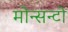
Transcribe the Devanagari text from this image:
मोन्सन्टो